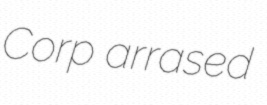
Corp arrased